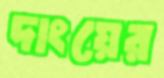
দাংয়ের